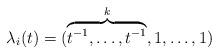
LaTeX: \begin{align*}\lambda_i(t)= (\overbrace{t^{-1}, \ldots, t^{-1}}^k, 1, \ldots, 1) \end{align*}